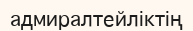
адмиралтейліктің